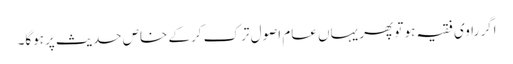
اگر راوی فقیہ ہو تو پھر یہاں عام اصول ترک کرکے خاص حدیث پرہوگا۔